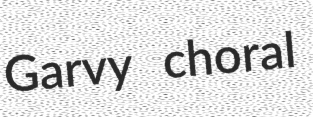
Garvy choral